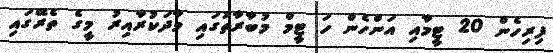
ފިރިހެން 20 ޓީމާއި އަންހެން ހަ ޓީމް މުބާރާތުގައި ވާދަކުރާއިރު މީގެ ތެރޭގައި